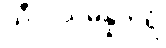
သီလသမ္ပန္နတရံ